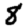
Digit: 8